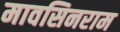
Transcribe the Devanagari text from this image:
मावसिनराम